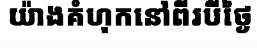
យ៉ាងគំហុកនៅពីរបីថ្ងៃ